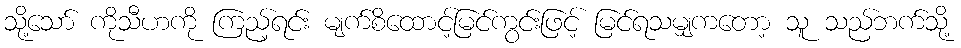
သို့သော် ကိုသီဟကို ကြည့်ရင်း မျက်စိထောင့်မြင်ကွင်းဖြင့် မြင်ရသမျှကတော့ သူ သည်ဘက်သို့